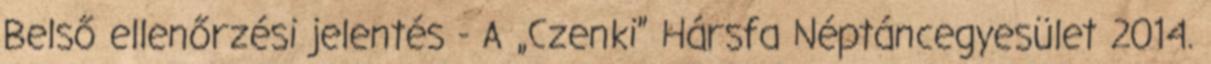
Belső ellenőrzési jelentés - A „Czenki” Hársfa Néptáncegyesület 2014.